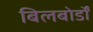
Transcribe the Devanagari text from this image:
बिलबोर्डों